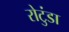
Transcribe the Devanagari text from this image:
रोटुंडा